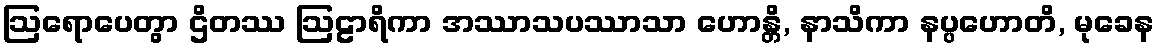
ဩရောပေတွာ ဌိတဿ ဩဠာရိကာ အဿာသပဿာသာ ဟောန္တိ, နာသိကာ နပ္ပဟောတိ, မုခေန